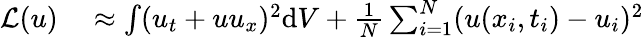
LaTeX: \begin{array}{rl}{\mathcal{L}(u)}&{{}\approx\int(u_{t}+uu_{x})^{2}\mathrm{d}V+\frac{1}{N}\sum_{i=1}^{N}(u(x_{i},t_{i})-u_{i})^{2}}\end{array}